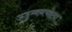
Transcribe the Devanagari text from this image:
ऊडुम्बनचोला